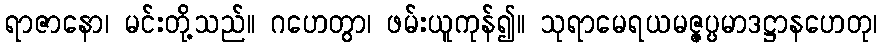
ရာဇာနော၊ မင်းတို့သည်။ ဂဟေတွာ၊ ဖမ်းယူကုန်၍။ သုရာမေရယမဇ္ဇပ္ပမာဒဋ္ဌာနဟေတု၊